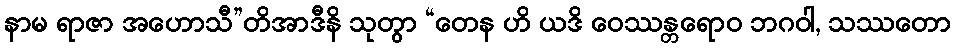
နာမ ရာဇာ အဟောသီ”တိအာဒီနိ သုတွာ “တေန ဟိ ယဒိ ဝေဿန္တရောဝ ဘဂဝါ, သဿတော